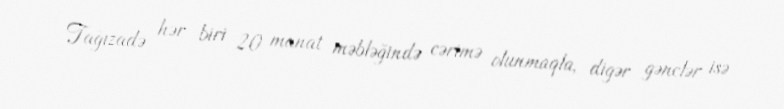
Tağızadə hər biri 20 manat məbləğində cərimə olunmaqla, digər gənclər isə